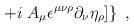
LaTeX: \begin{align*}\left. + i \;A_\mu \epsilon ^{\mu \nu \rho }\partial _\nu \eta_\rho ] \right\}\;,\end{align*}